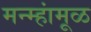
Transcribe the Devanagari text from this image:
मन्म्हांमूळ